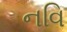
નવિ